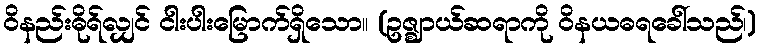
ဝိနည်းဓိုရ်လျှင် ငါးပါးမြောက်ရှိသော။ (ဥဇ္ဈာယ်ဆရာကို ဝိနယဓရခေါ်သည်၊)